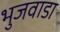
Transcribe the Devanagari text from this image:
भुजवाडा